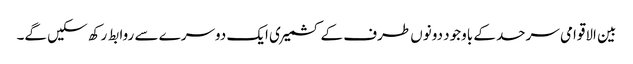
بین الاقوامی سرحد کے باوجود دونوں طرف کے کشمیری ایک دوسرے سے روابط رکھ سکیں گے۔